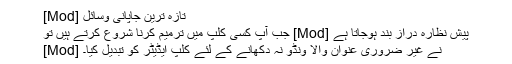
[Mod] تازہ ترین جاپانی وسائل
جب آپ کسی کلپ میں ترمیم کرنا شروع کرتے ہیں تو [Mod] پیش نظارہ دراز بند ہوجاتا ہے
[Mod] نے غیر ضروری عنوان والا ونڈو نہ دکھانے کے لئے کلپ ایڈیٹر کو تبدیل کیا۔